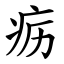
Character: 疬